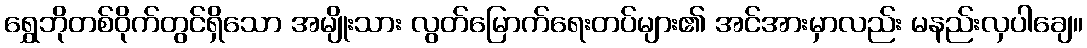
ရွှေဘိုတစ်ဝိုက်တွင်ရှိသော အမျိုးသား လွတ်မြောက်ရေးတပ်များ၏ အင်အားမှာလည်း မနည်းလှပါချေ။